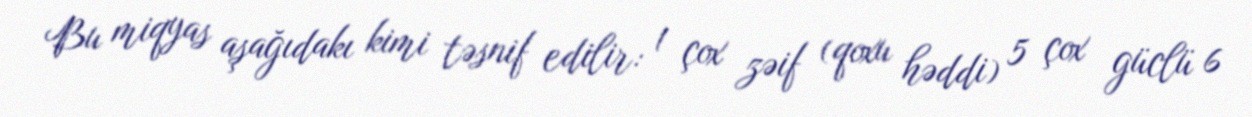
Bu miqyas aşağıdakı kimi təsnif edilir: 1 çox zəif (qoxu həddi) 5 çox güclü 6